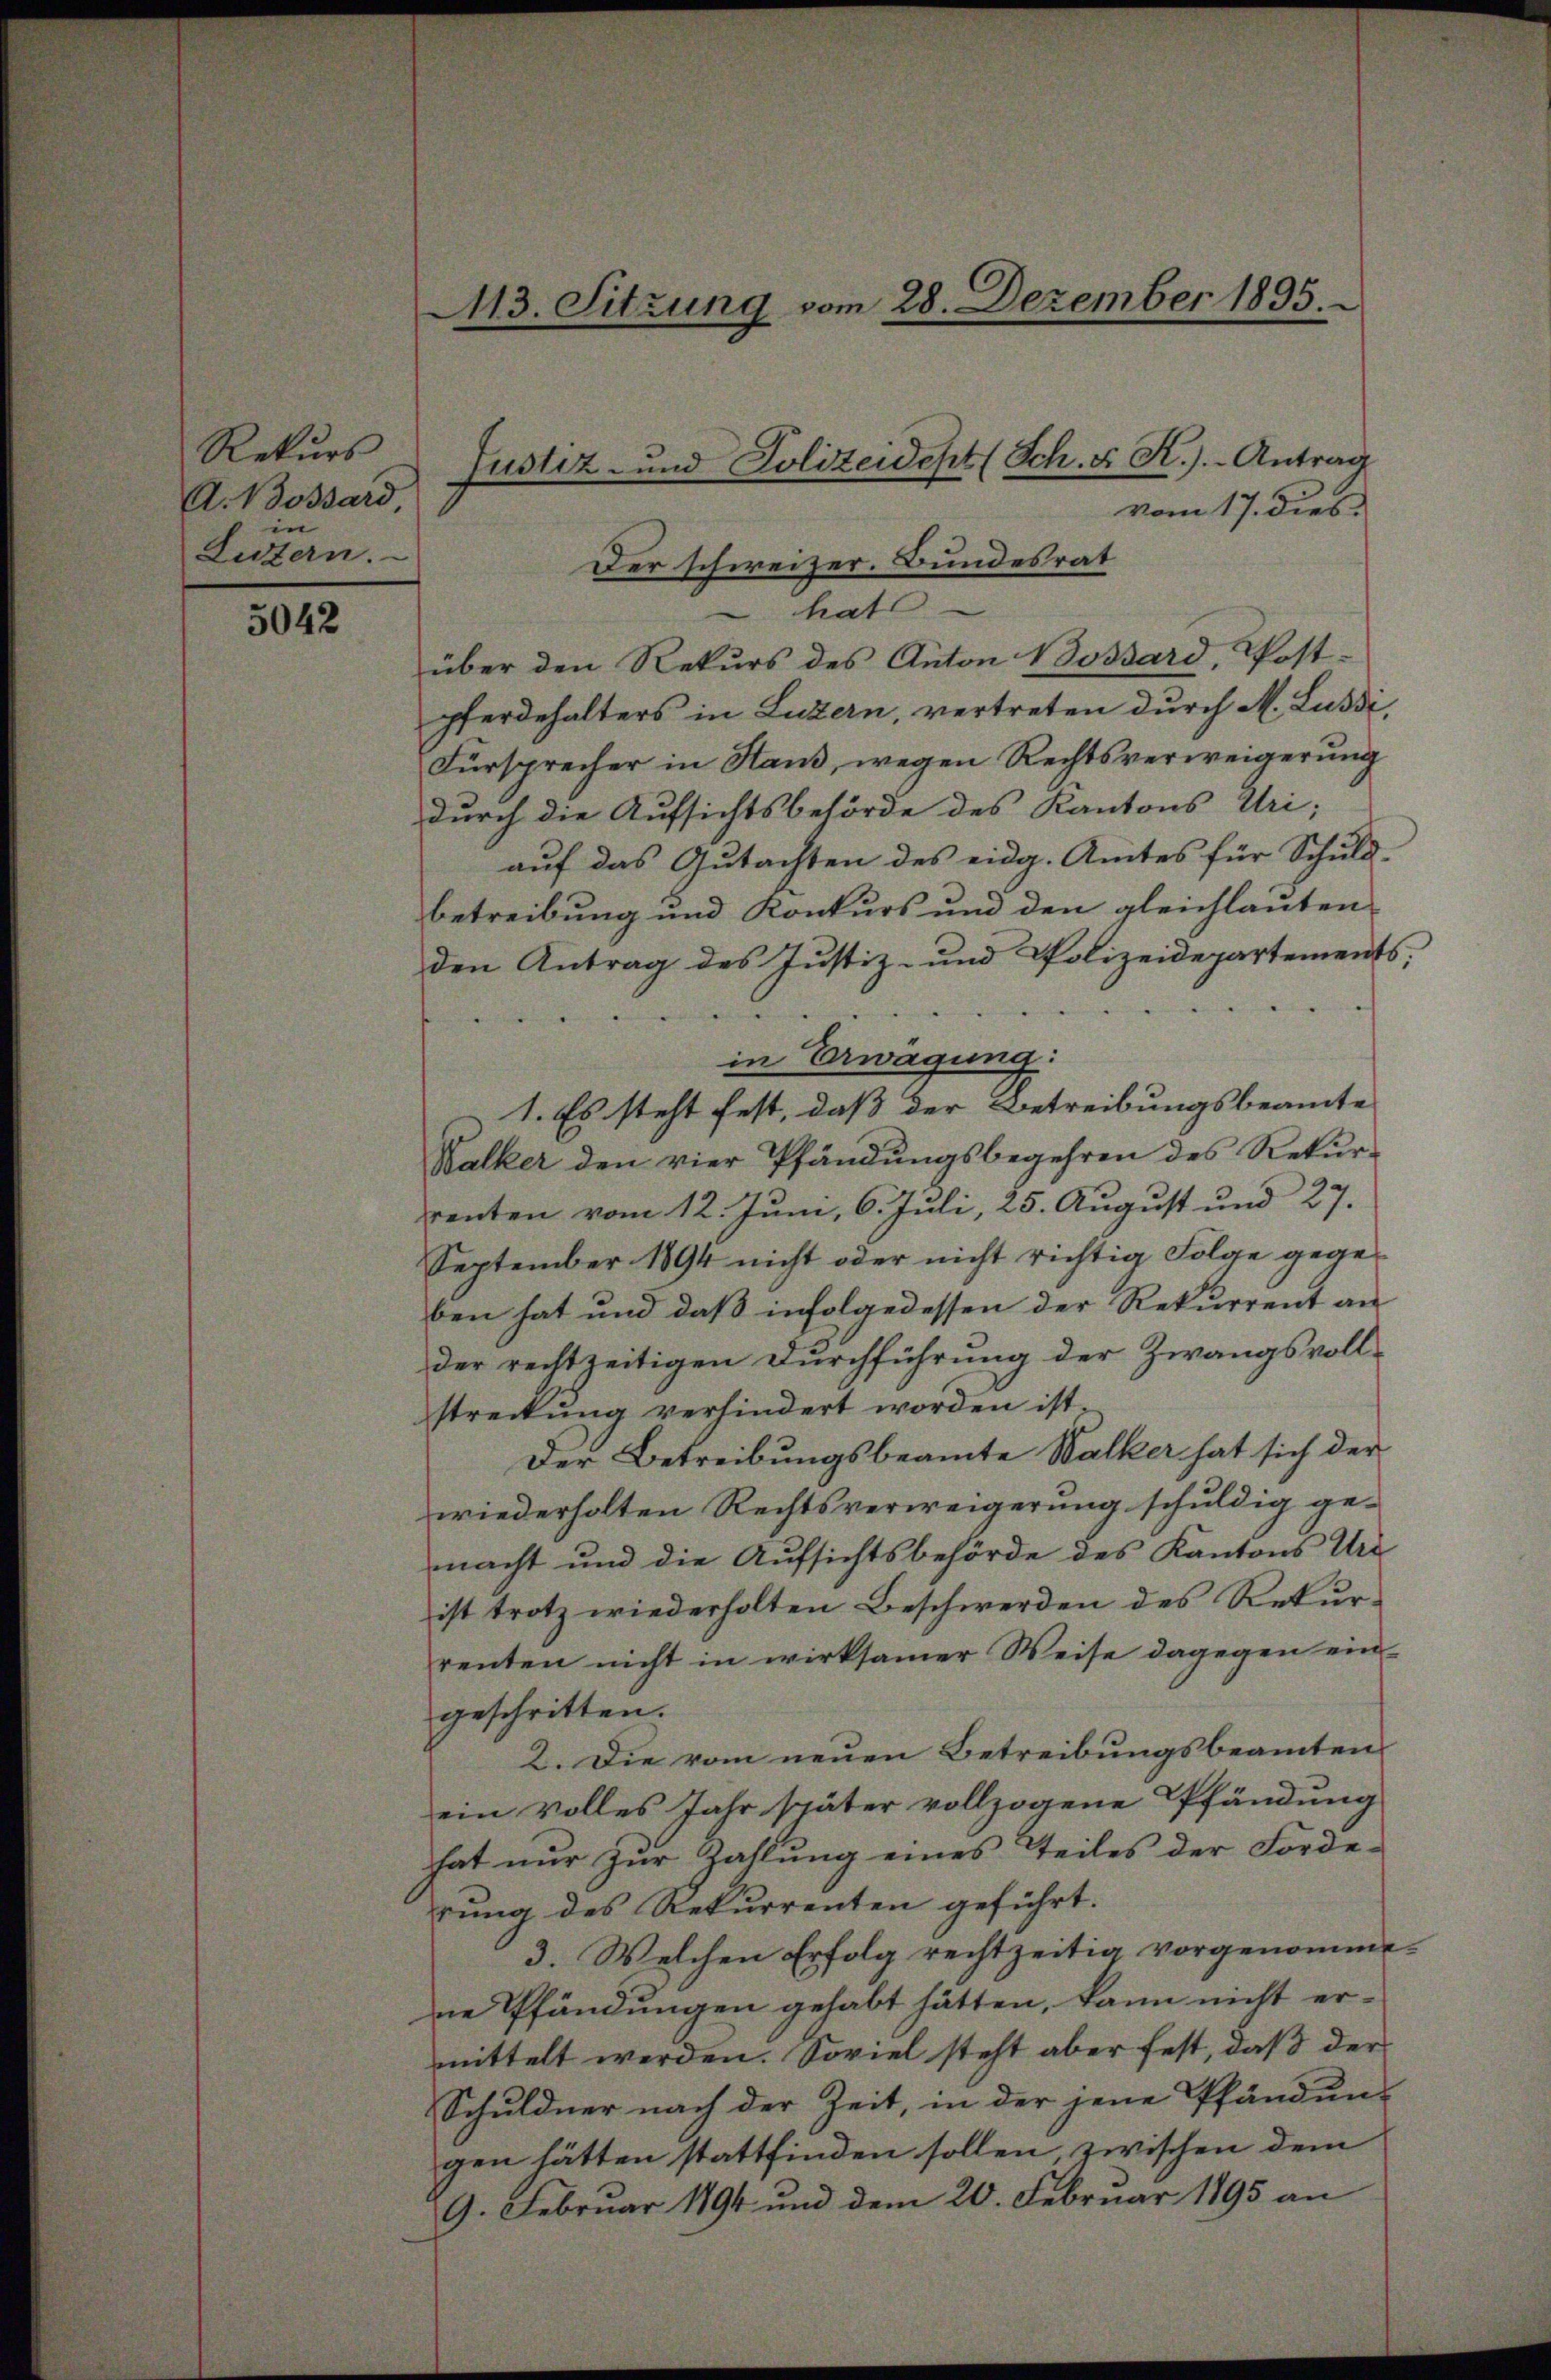
Rekurs
A. Bossard
in
Lutern.

5042

vom 17. dies
Der schweizer. Bundesrat
hat
über den Rekurs des Anton Bossard, Postpferdehalters in Luzern, vertreten durch M. Lusdi,
Fürsprecher in Haus, wegen Rechtsverweigerung
durch die Aufsichtsbehörde des Kantons Uri,
auf das Gutachten des eidg. Amtes für Schuld-
betreibung und Konkurs und den gleichlauten
den Antrag des Justiz- und Polizeidepartements;
.
in Erwägung:
1. Es steht fest, dass der Betreibungsbeamte
Walker den vier Pfändungsbegehren des Rekur-
rrenten vom 12. Juni, 6. Juli, 25. August und 27.
September 1894 nicht oder nicht richtig Folge gegeben hat und daß infolgedessen der Rekurrent an
der rechtzeitigen Durchführung der Zwangsvoll-
streckung verhindert worden ist.
Der Betreibungsbeamte Walker hat sich der
wiederholten Rechtsverweigerung schuldig ge-
macht und die Aufsichtsbehörde des Kantons Urt
ist trotz wiederholten Beschwerden des Rekur-
renten nicht in wirksamer Weise dagegen ein-
geschritten.
2. Die vom neuen Betreibungsbeamten
ein volles Jahr später vollzogene Pfändung
hat nur zur Zahlung eines Teiles der Forderung des Rekurrenten geführt.
3. Welchen Erfolg rechtzeitig vorgenommene Pfändungen gehabt hätten, kann nicht er-
mittelt werden. Soviel steht aber fest, daß der
Schuldner nach der Zeit, in der jene Pfändun-
gen hätten stattfinden sollen, zwischen dem
9. Februar 1794 und dem 20. Februar 1895 an

113. Sitzung vom 28. Dezember 1895.

Justiz- und Polizeidept (Sch. F. K.).- Antrag